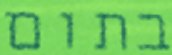
בתום